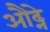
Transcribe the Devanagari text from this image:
औढ्ने